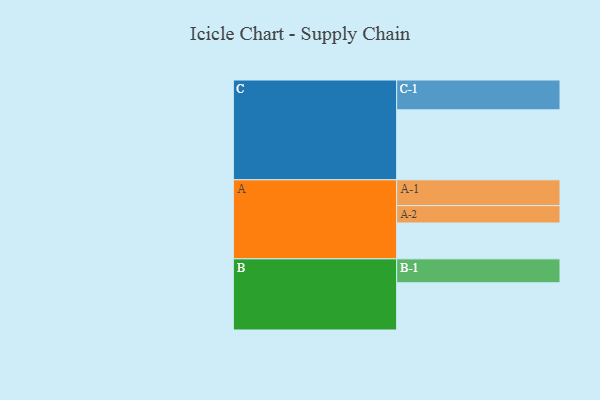
{"axis": {"x": "Segment", "y": "Value"}, "legend": ["", "A", "B", "C"], "data": [{"x": "A", "y": 304, "type": ""}, {"x": "B", "y": 400, "type": ""}, {"x": "C", "y": 593, "type": ""}, {"x": "A-1", "y": 219, "type": "A"}, {"x": "A-2", "y": 147, "type": "A"}, {"x": "B-1", "y": 203, "type": "B"}, {"x": "C-1", "y": 253, "type": "C"}]}